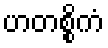
ဟတစ္စိကံ